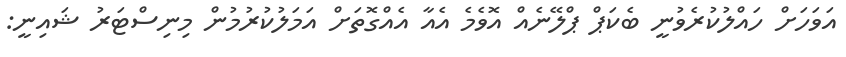
އަވަހަށް ހައްލުކުރެވުނީ ބެކަޕް ޕްލޭނެއް އޮވެމެ އެއާ އެއްގޮތަށް އަމަލުކުރުމުން މިނިސްޓަރު ޝައިނީ: